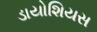
ડાયોશિયસ